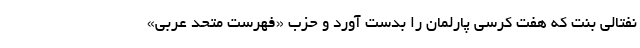
نفتالی بنت که هفت کرسی پارلمان را بدست آورد و حزب «فهرست متحد عربی»